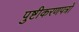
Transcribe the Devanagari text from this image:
पुष्टीकरणपत्रों